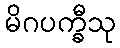
မိဂပက္ခီသု